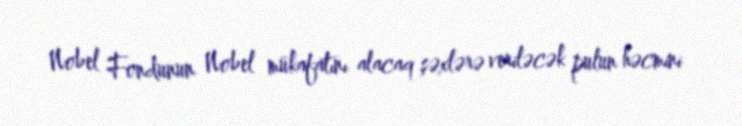
Nobel Fondunun Nobel mükafatını alacaq şəxlərə veriləcək pulun həcmini